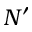
N ^ { \prime }